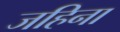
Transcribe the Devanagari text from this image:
जहिना